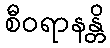
စီဝရာနန္တိ